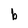
Character: b